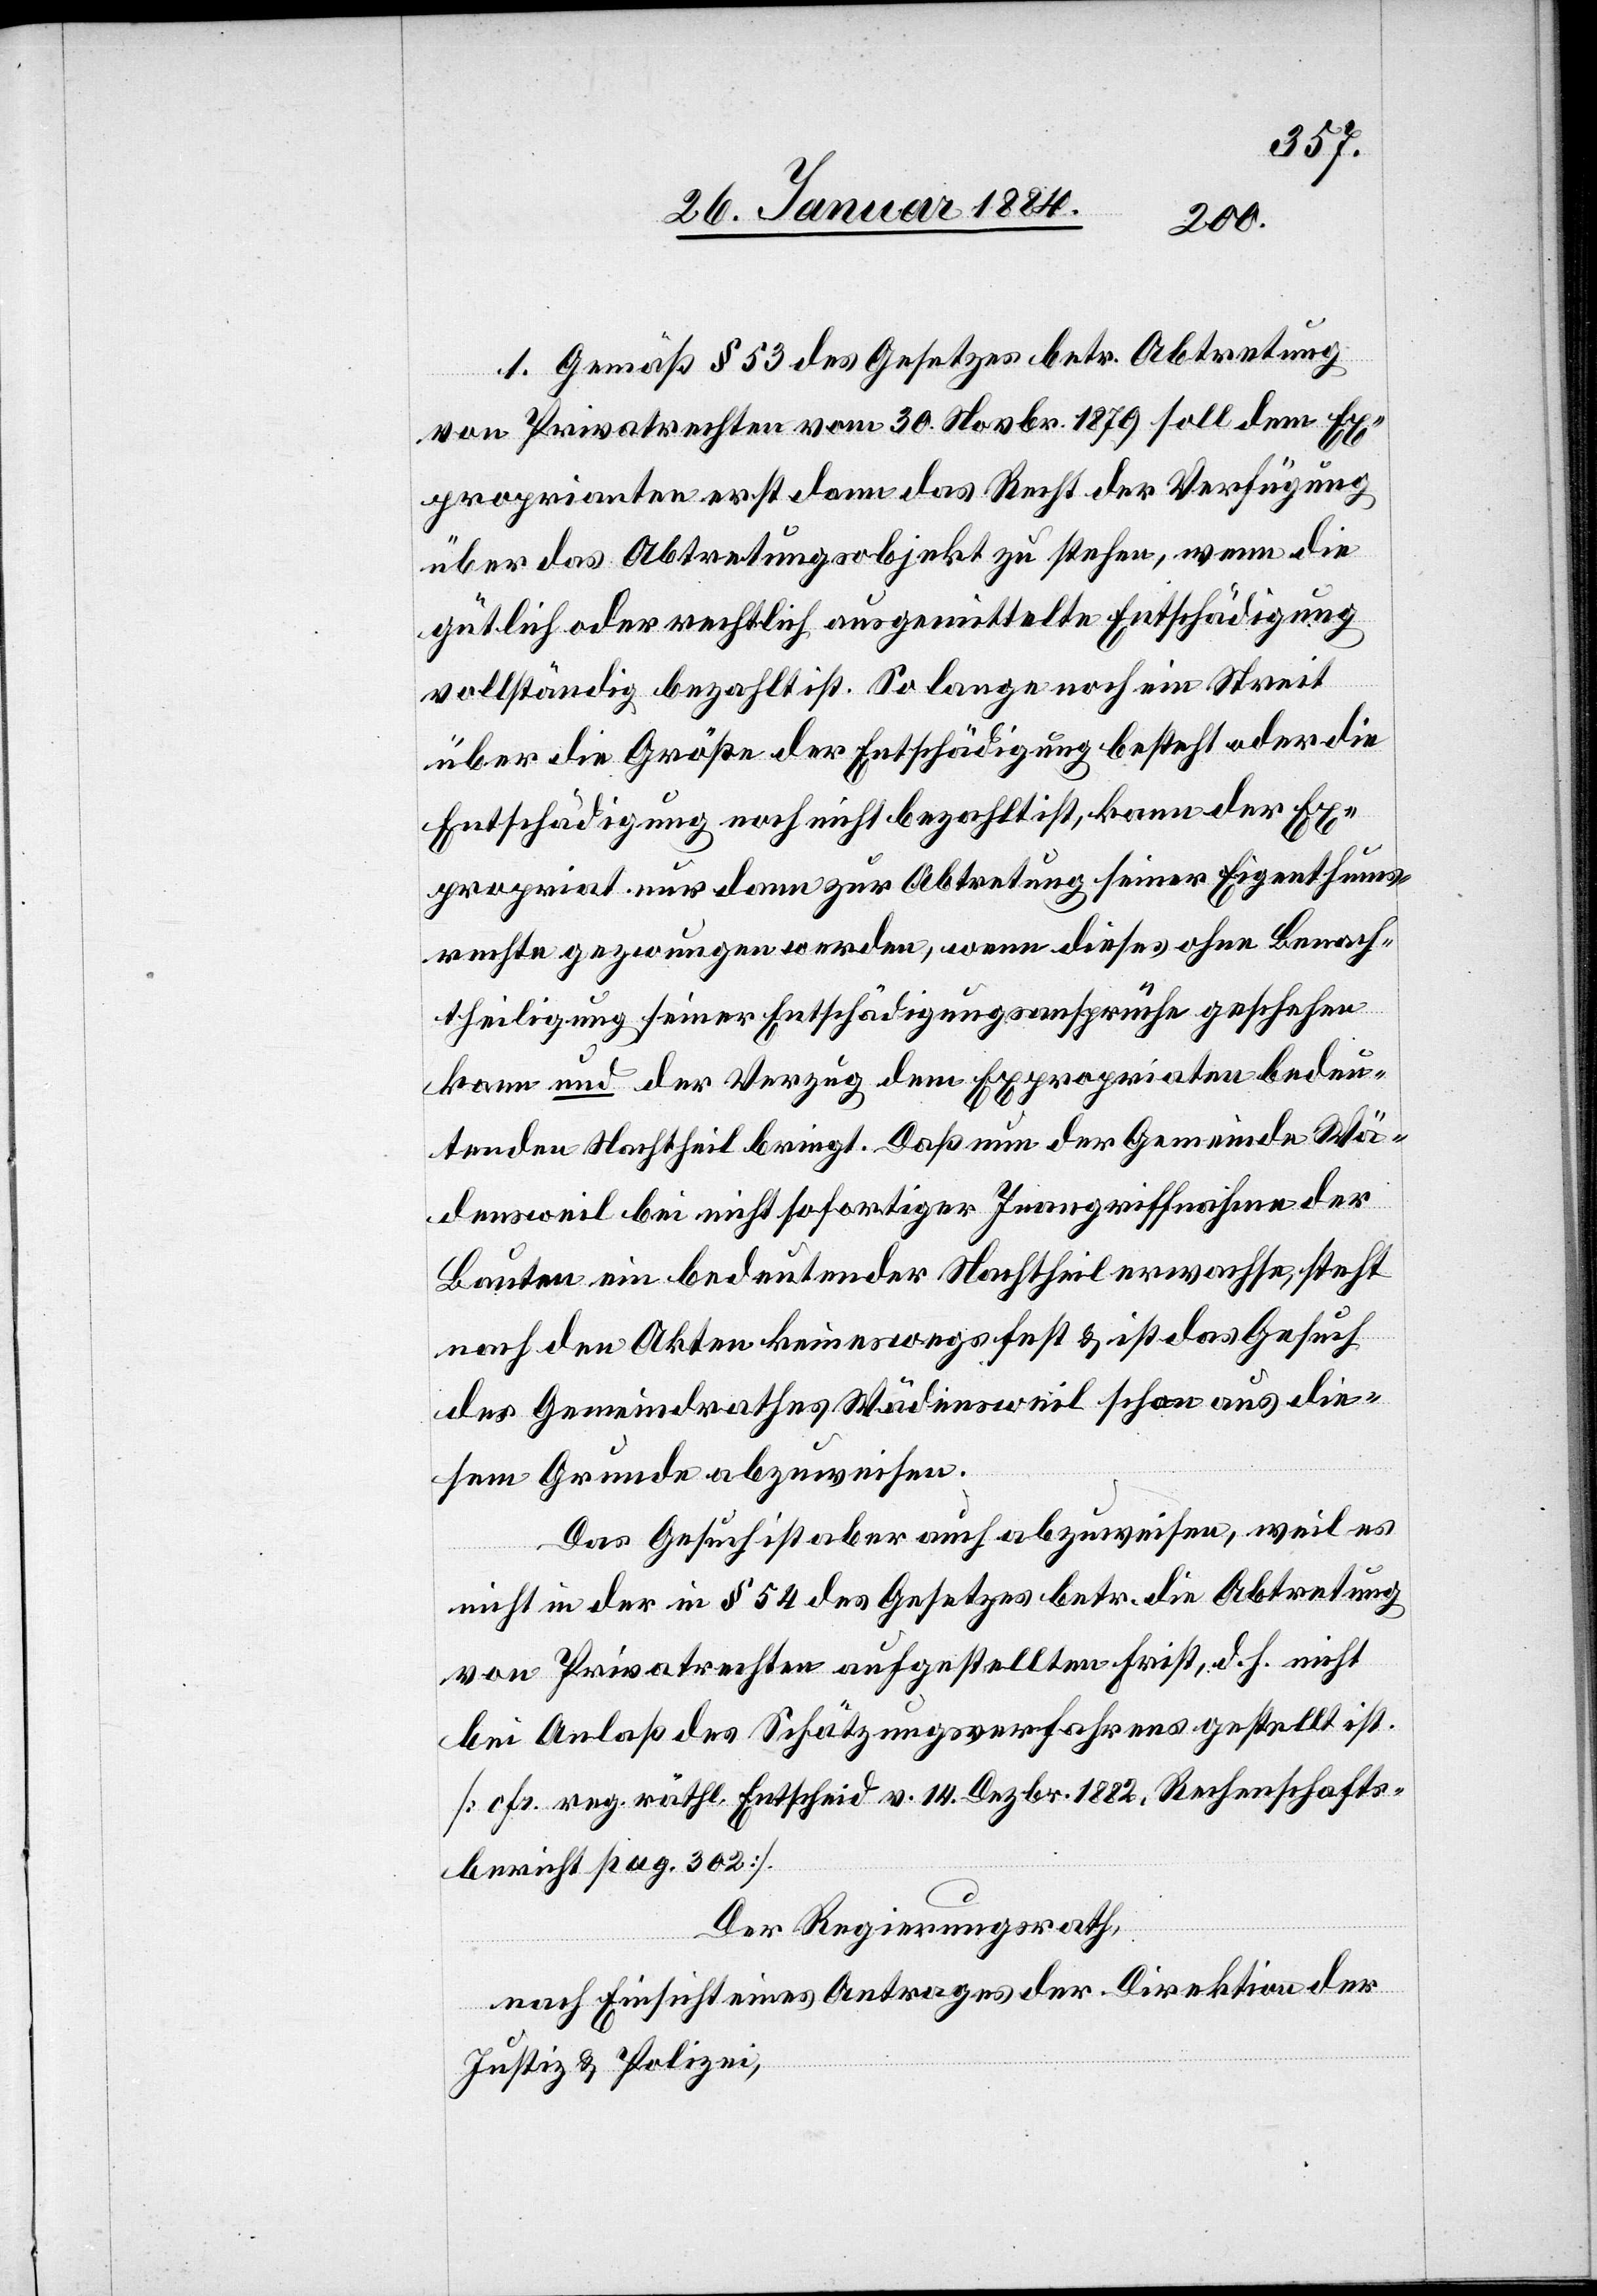
Gemäß § 53 des Gesetzes betr. Abtretung
von Privatrechten vom 30. Novbr. 1879 soll dem Ex¬
proprianten erst dann das Recht der Verfügung
über das Abtretungsobjekt zu stehen, wenn die
gütliche oder rechtlich ausgemittelte Entschädigung
vollständig bezahlt ist. So lange noch ein Streit
über die Größe der Entschädigung besteht oder die
Entschädigung noch nicht bezahlt ist, kann der Ex¬
propriant nur dann zur Abtretung seiner Eigenthums¬
rechte gezwungen werden, wenn dieses ohne Benach¬
theiligung seiner Entschädigungsansprüche geschehen
kann und der Verzug dem Exproprianten bedeu¬
tenden Nachtheil bringt. Daß um der Gemeinde Wä¬
densweil bei nicht sofortiger Inangriffnahme der
Bauten ein bedeutender Nachtheil erwachse, steht
nach den Akten keineswegs fest & ist das Gesuch
des Gemeindrathes Wädensweil schon aus die¬
sem Grunde abzuweisen.
Das Gesuch ist aber auch abzuweisen, weil es
nicht in der in § 54 des Gesetzes betr. die Abtretung
von Privatrechten aufgestellten Frist, d. h. nicht
bei Anlaß des Schätzungsverfahrens gestellt ist.
[cfr. reg. räthl. Entscheid v. 14 Dezbr. 1882, Rechenschafts¬
bericht pag. 302].
Der Regierungsrath,
nach Einsicht eines Antrages der Direktion der
Justiz & Polizei,